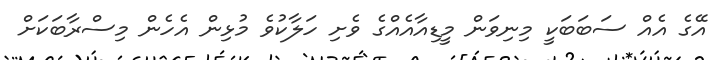
އޭގެ އެއް ސަބަބަކީ މިނިވަން މީޑިއާއެއްގެ ވެށި ހަލާކުވެ މުޅިން އެހެން މިސްރާބަކަށް